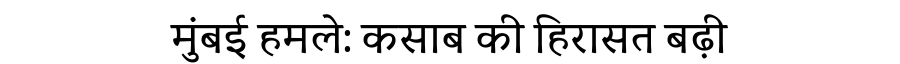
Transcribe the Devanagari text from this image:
मुंबई हमले: कसाब की हिरासत बढ़ी